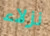
نزلاء